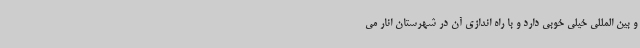
و بین المللی خیلی خوبی دارد و با راه اندازی آن در شهرستان انار می